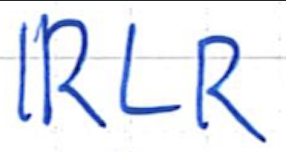
Text: IRLR
Cross-out: clean
Writing tool: ballpoint